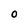
Character: O